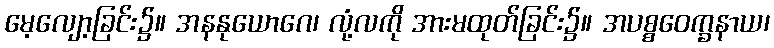
မေ့လျော့ခြင်း၌။ အနနုယောဂေ၊ လုံ့လကို အားမထုတ်ခြင်း၌။ အပစ္စဝေက္ခနာယ၊